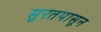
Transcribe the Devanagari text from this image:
सुरतपासून